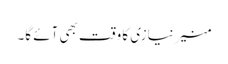
منیر نیازی کا وقت بھی آئے گا۔